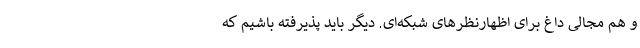
و هم مجالی داغ برای اظهارنظرهای شبکه‌ای. دیگر باید پذیرفته باشیم که